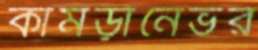
কামড়ানেভর